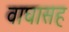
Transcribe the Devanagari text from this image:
वाघासह